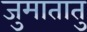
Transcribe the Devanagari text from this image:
जुमातातु